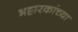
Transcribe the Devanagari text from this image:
भट्टारकांच्या